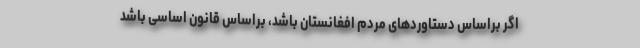
اگر براساس دستاوردهای مردم افغانستان باشد، براساس قانون اساسی باشد